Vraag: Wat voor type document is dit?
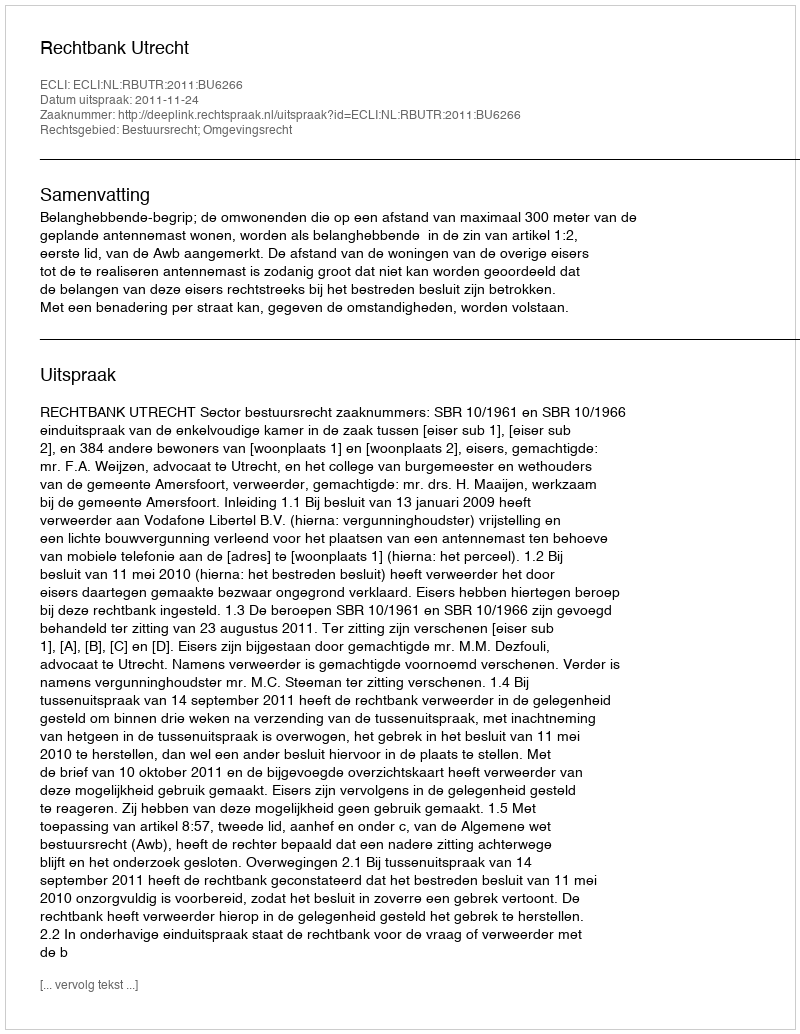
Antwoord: Uitspraak